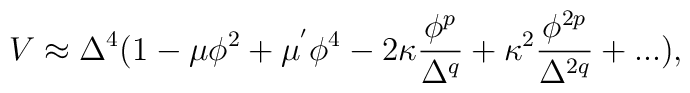
V \approx \Delta^4(1-\mu \phi^2+\mu^{'} \phi^4-2\kappa\frac{\phi^p} {\Delta^q}+\kappa^2\frac{\phi^{2p}}{\Delta^{2q}}+...),